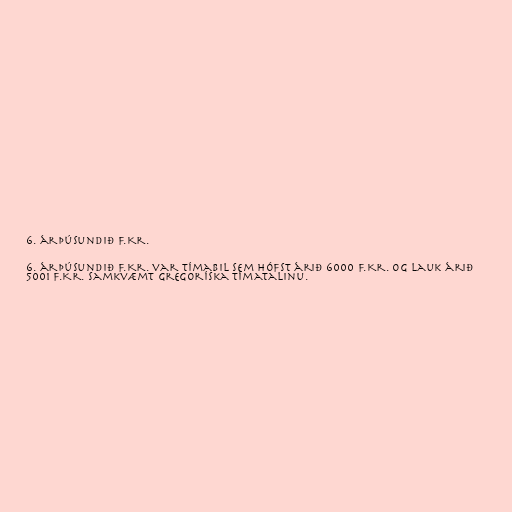
6. árþúsundið f.Kr.

6. árþúsundið f.Kr. var tímabil sem hófst árið 6000 f.Kr. og lauk árið
5001 f.Kr. samkvæmt gregoríska tímatalinu.